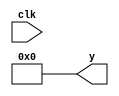
module top (y, clk);
  output wire [4:0] y;
  input wire clk; 

  wire [4:0] wire1; 

  assign wire1 = $signed((~""));
  assign y = wire1;
endmodule